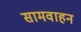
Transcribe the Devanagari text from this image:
सामवाहन